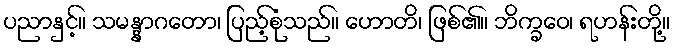
ပညာနှင့်။ သမန္နာဂတော၊ ပြည့်စုံသည်။ ဟောတိ၊ ဖြစ်၏။ ဘိက္ခဝေ၊ ရဟန်းတို့။